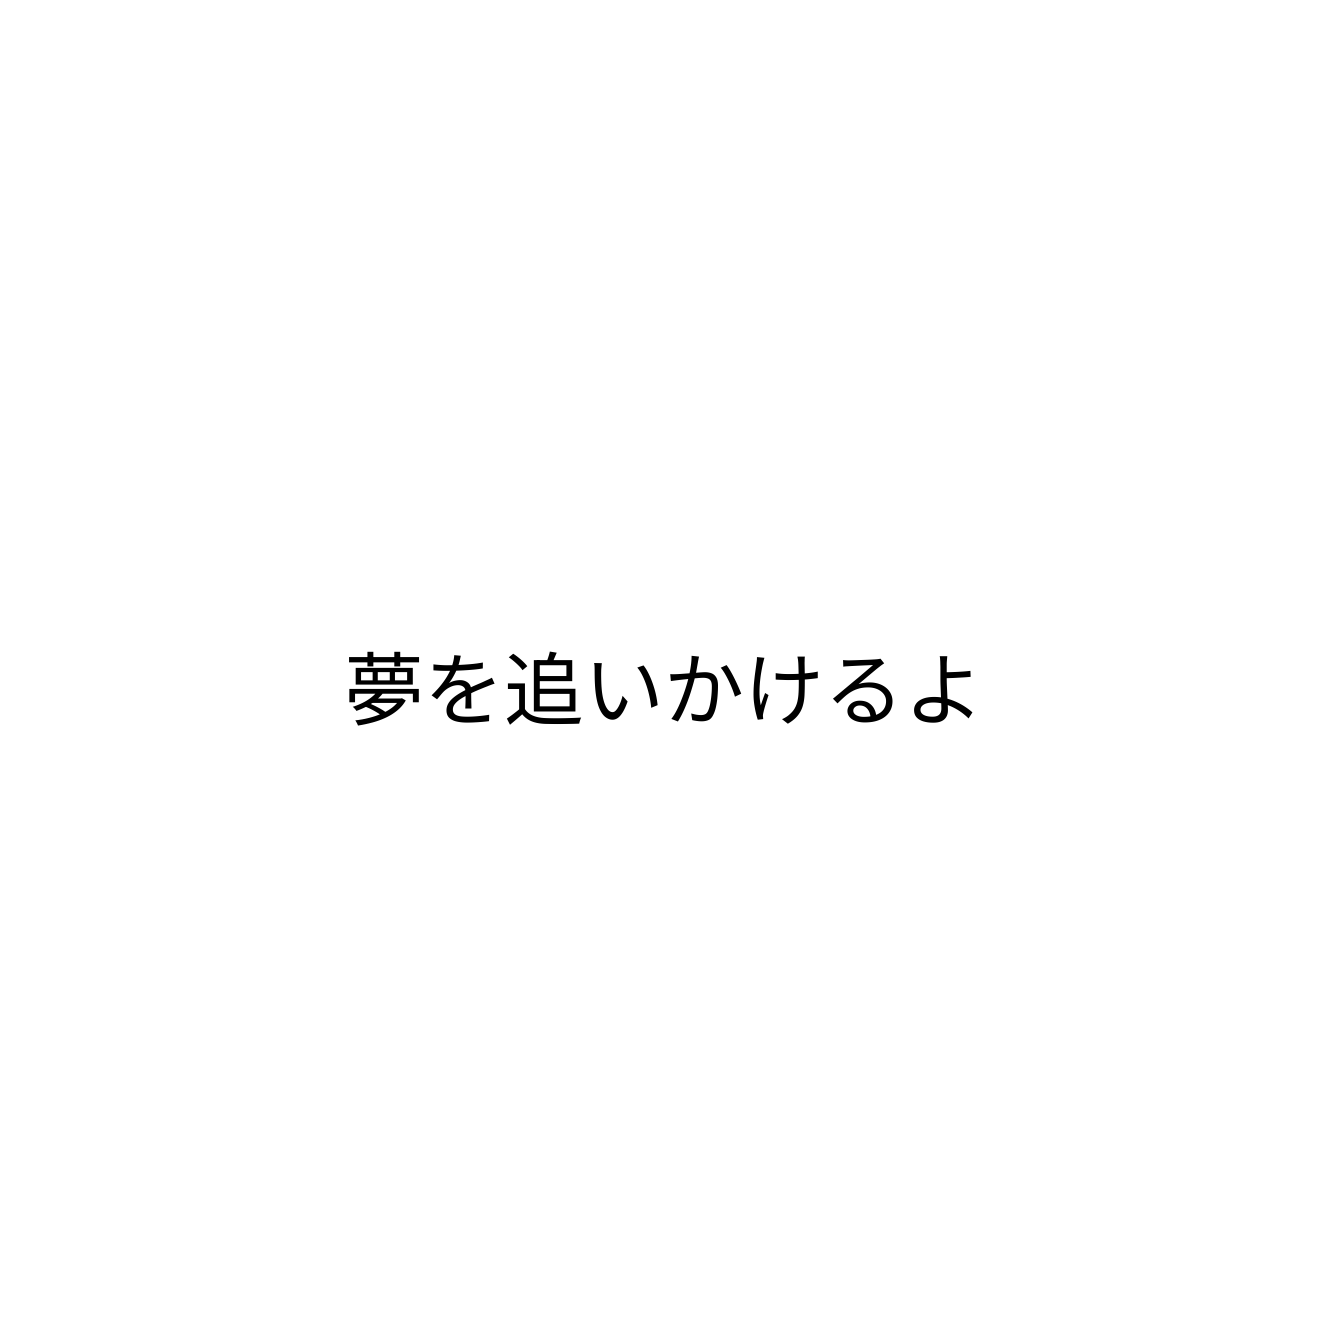
夢を追いかけるよ